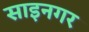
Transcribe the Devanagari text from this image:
साइनगर